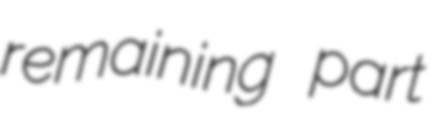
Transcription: remaining part